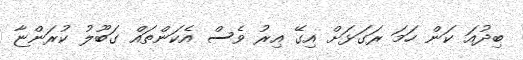
ބިދުއަ ކަން ހަމަ ރަގަޅަށް އިގޭ އިރު ވެސް އެކަންތައް ގަބޫލު ކުރަންޏާ